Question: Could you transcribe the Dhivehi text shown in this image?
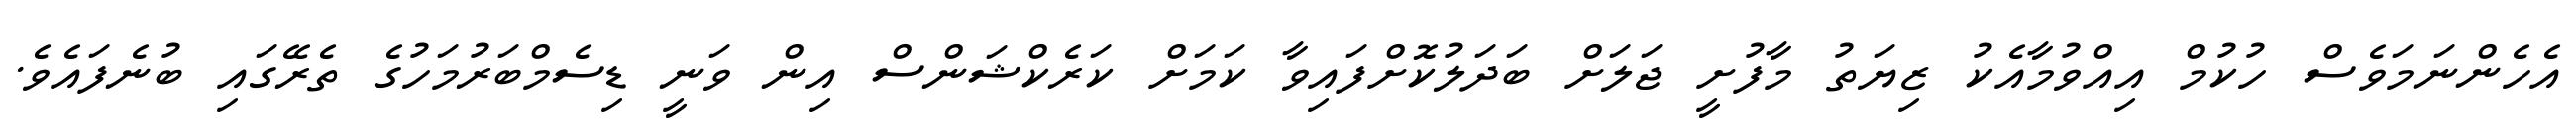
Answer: އެހެންނަމަވެސް ހުކުމް އިއްވުމާއެކު ޒިޔަތު މާފުށީ ޖަލަށް ބަދަލުކޮށްފައިވާ ކަމަށް ކަރެކްޝަންސް އިން ވަނީ ޑިސެމްބަރުމަހުގެ ތެރޭގައި ބުނެފައެވެ.